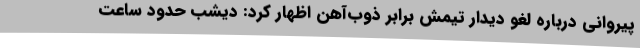
پیروانی درباره لغو دیدار تیمش برابر ذوب‌آهن اظهار کرد: دیشب حدود ساعت